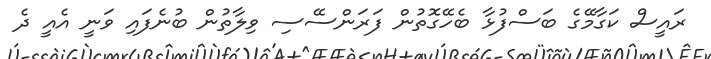
ރައީސް ކަގާމޭގެ ބަސްފުޅާ ބެހޭގޮތުން ފަރަންސޭސި ވިލާތުން ބުނެފައި ވަނީ އެއީ ދެ